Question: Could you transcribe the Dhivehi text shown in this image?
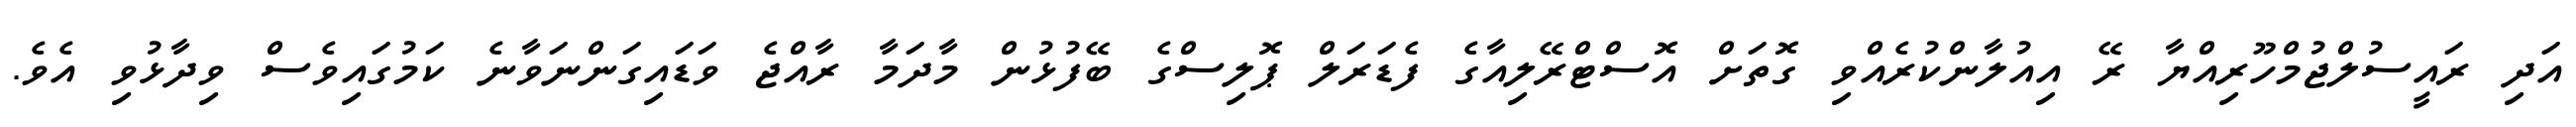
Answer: އަދި ރައީސުލްޖުމްހޫރިއްޔާ ރޭ އިއުލާންކުރެއްވި ގޮތަށް އޮސްޓްރޭލިއާގެ ފެޑަރަލް ޕޮލިސްގެ ބޭފުޅުން މާދަމާ ރާއްޖެ ވަޑައިގަންނަވާނެ ކަމުގައިވެސް ވިދާޅުވި އެވެ.